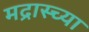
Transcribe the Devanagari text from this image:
मद्रास्च्या